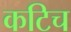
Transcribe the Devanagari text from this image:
कटिच